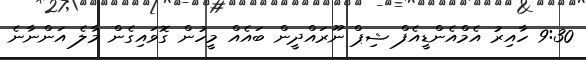
9:30 ހާއިރު އެމްއެންޑީއެފް ޝިޕް ނޫރައްދީން ބައެއް މީހުން ގޮވައިގެން މާލެ އަންނާނެ